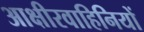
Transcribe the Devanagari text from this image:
आक्षीरवाहिनियों